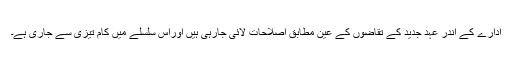
ادارے کے اندر عہد جدید کے تقاضوں کے عین مطابق اصلاحات لائی جارہی ہیں اوراس سلسلے میں کام تیزی سے جاری ہے۔